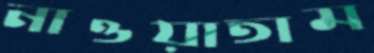
নাওয়াতাম